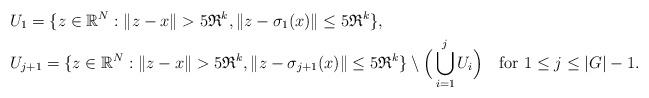
LaTeX: \begin{align*}&U_1=\{z\in \mathbb R^N : \|z-x\|>5{\mathfrak R}^k, \|z-\sigma_1(x)\|\le 5{\mathfrak R}^k\},\\&U_{j+1}=\{z\in \mathbb R^N :\|z-x\|>5{\mathfrak R}^k, \|z-\sigma_{j+1}(x)\|\le 5{\mathfrak R}^k\}\setminus \Big(\bigcup_{i=1}^j U_i\Big)\quad\mbox{for } 1\leq j\leq |G|-1.\end{align*}